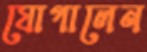
যোগালেন